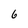
Character: 6